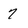
Character: 7